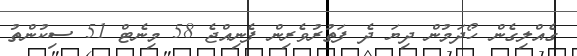
ގެއްލިގެން ހޯދަމުން ދިޔަ ދެ ފަތުރުވެރިން ފެނިއްޖެ 58 މިނެޓް 51 ސިކުންތު